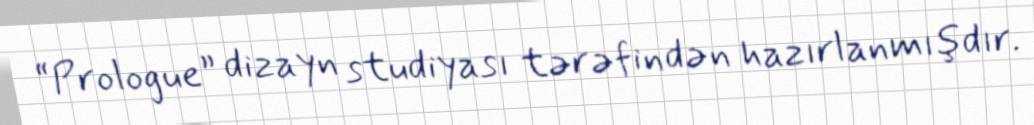
“Prologue” dizayn studiyası tərəfindən hazırlanmışdır.